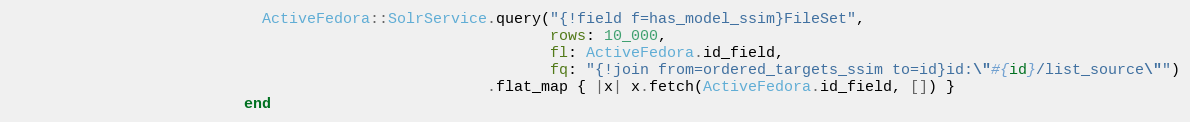
Language: Ruby
                            ActiveFedora::SolrService.query("{!field f=has_model_ssim}FileSet",
                                                            rows: 10_000,
                                                            fl: ActiveFedora.id_field,
                                                            fq: "{!join from=ordered_targets_ssim to=id}id:\"#{id}/list_source\"")
                                                     .flat_map { |x| x.fetch(ActiveFedora.id_field, []) }
                          end